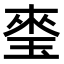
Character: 𤦃